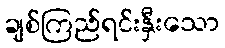
ချစ်ကြည်ရင်းနှီးသော